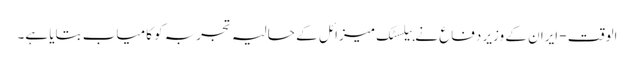
الوقت - ایران کے وزیر دفاع نے بیلسٹک میزائل کے حالیہ تجربہ کو کامیاب بتایا ہے۔